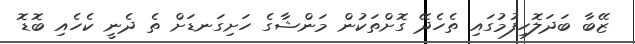
ޒޭބާ ބަދަލޮހިފުމުގައި ތެހެދޭ ގޮށްތަކުން މަންޝާގެ ހަށިގަނޑަށް ތެ ދެނީ ކެހެއި ބޮޑޮ